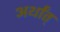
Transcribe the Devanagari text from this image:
अर्थांत्‌